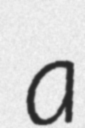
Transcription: a